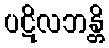
ပဋိလဘန္တိ